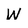
Character: W